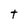
Character: t